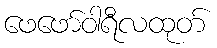
ဖေဖော်ဝါရီလထုတ်